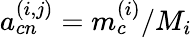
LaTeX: a_{cn}^{(i,j)}=m_{c}^{(i)}/M_{i}